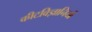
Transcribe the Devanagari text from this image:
कीटविज्ञानियों